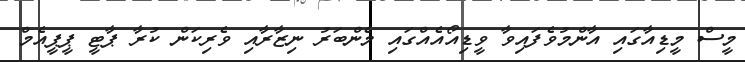
މީސް މީޑިއާގައި އާންމުވެފައިވާ ވީޑިއޯއެއްގައި މެންބަރު ނިޒާރާއި ވެރިކަން ކުރާ ޕާޓީ ޕީޕީއެމް